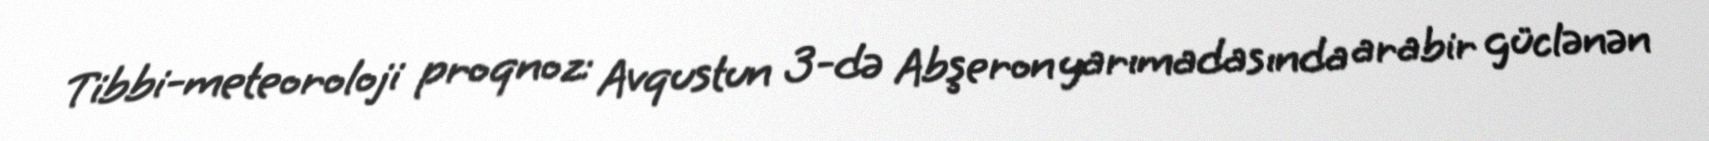
Tibbi-meteoroloji proqnoz: Avqustun 3-də Abşeron yarımadasında arabir güclənən